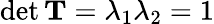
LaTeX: \operatorname*{det}\mathbf{T}=\lambda_{1}\lambda_{2}=1